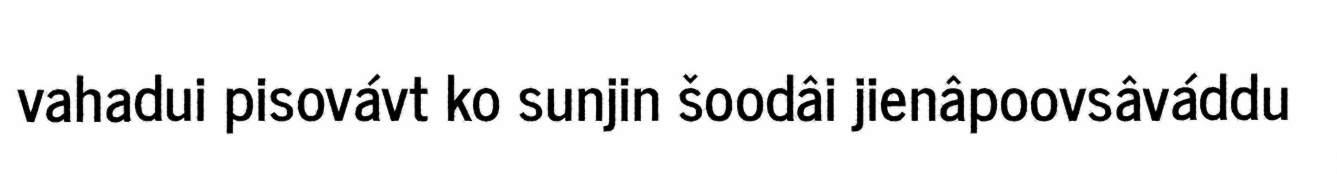
vahadui pisovávt ko sunjin šoodâi jienâpoovsâváddu